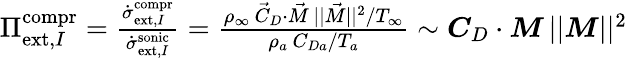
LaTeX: \begin{array}{r}{{\Pi}_{\mathrm{ext},I}^{\mathrm{compr}}=\frac{\dot{{\sigma}}_{\mathrm{ext},I}^{\mathrm{compr}}}{\dot{\sigma}_{\mathrm{ext},I}^{\mathrm{sonic}}}=\frac{\rho_{\infty}\, \vec{C}_{D}\cdot\vec{M}\, ||\vec{M}||^{2}/T_{\infty}}{\rho_{a}\, {C}_{Da}/T_{a}}\sim\boldsymbol{C}_{D}\cdot\boldsymbol{M}\, ||\boldsymbol{M}||^{2}}\end{array}